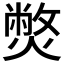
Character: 𤎨